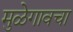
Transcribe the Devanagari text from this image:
मुळेगावचा